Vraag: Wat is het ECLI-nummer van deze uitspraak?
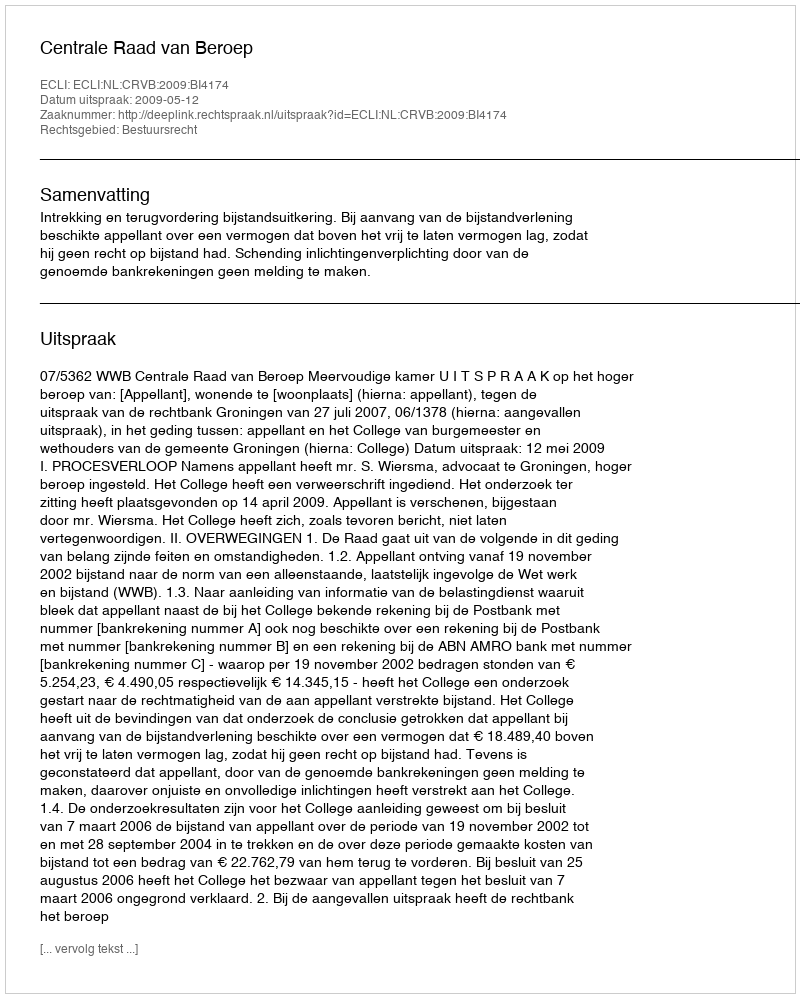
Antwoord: ECLI:NL:CRVB:2009:BI4174